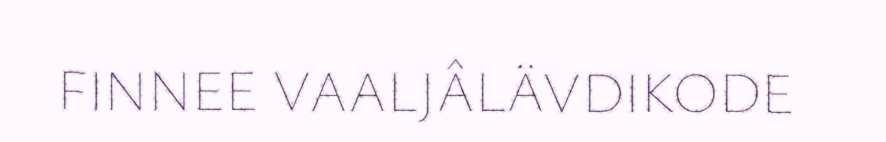
FINNEE VAALJÂLÄVDIKODE